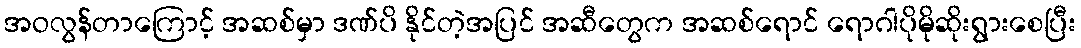
အဝလွန်တာကြောင့် အဆစ်မှာ ဒဏ်ပိ နိုင်တဲ့အပြင် အဆီတွေက အဆစ်ရောင် ရောဂါပိုမိုဆိုးရွားစေပြီး